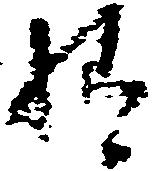
様